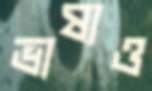
ভাষ্যও